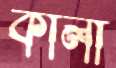
কালা